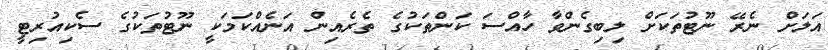
އަލަށް ނެރޭ ނޫޓުތަކަށް ލިބިގެންވާ ހާއްސަ ކަންތަކުގެ ތެރެއިން އަނެއްކަމަކީ ނޫޓުތަކުގެ ސެކިއުރިޓީ